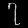
Digit: ၇